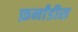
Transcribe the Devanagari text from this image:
फ़र्नांडीस